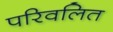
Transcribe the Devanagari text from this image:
परिवलित